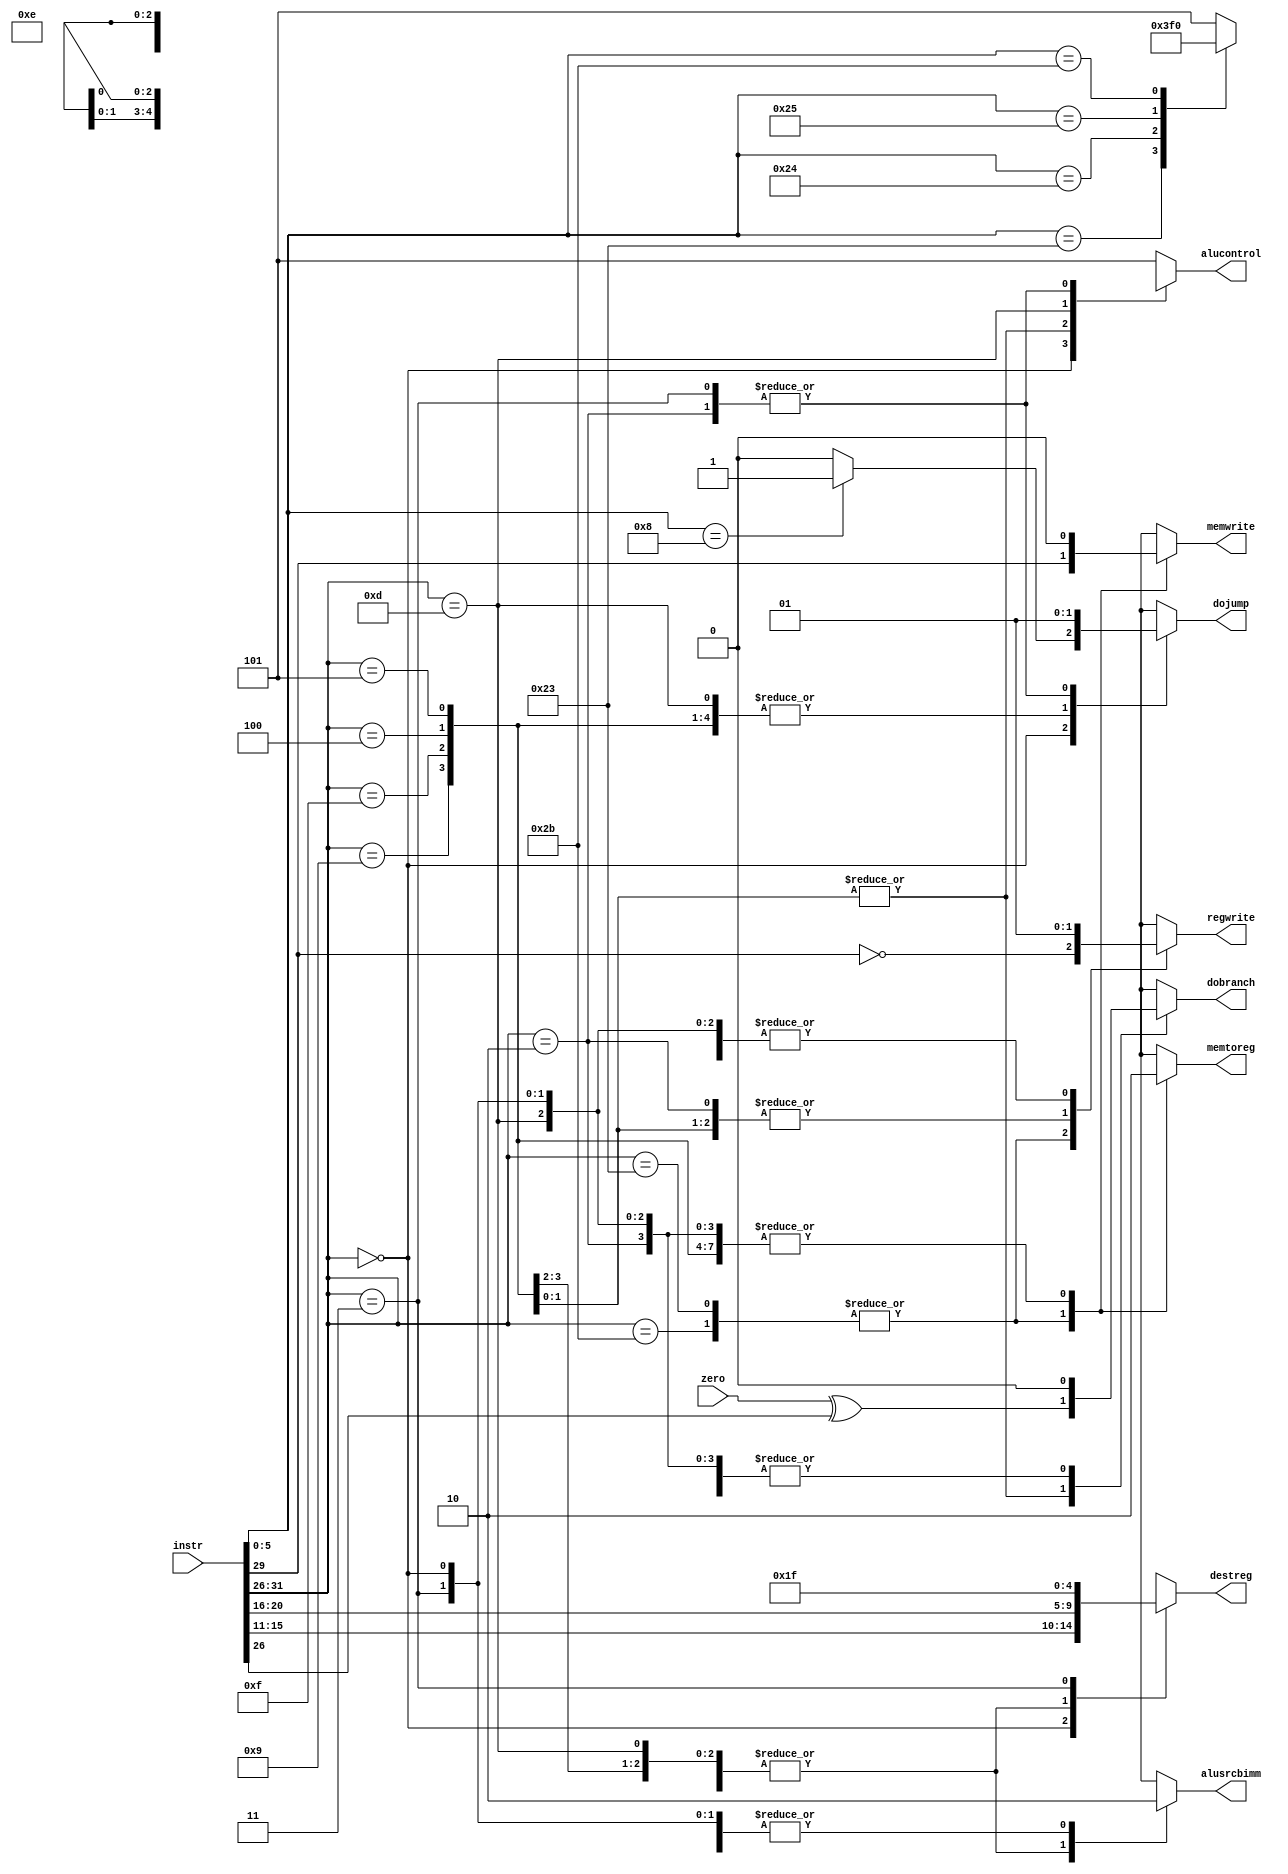
module Decoder(
	input     [31:0] instr,      // Instruction word
	input            zero,       // Does the current operation in the datapath return 0 as result?
	output reg       memtoreg,   // Use the loaded word instead of the ALU result as result
	output reg       memwrite,   // Write to the data memory
	output reg       dobranch,   // Perform a relative jump
	output reg       alusrcbimm, // Use the immediate value as second operand
	output reg [4:0] destreg,    // Number of the target register to (possibly) be written 
	output reg       regwrite,   // Write to the target register
	output reg       dojump,     // Perform an absolute jump
	output reg [2:0] alucontrol  // ALU control bits
);
	// Extract the primary and secondary opcode
	wire [5:0] op = instr[31:26];
	wire [5:0] funct = instr[5:0];

	always @*
	begin
		case (op)
			6'b000000: // R-type instruction
				begin
					regwrite = 1;
					destreg = instr[15:11];
					alusrcbimm = 0;
					dobranch = 0;
					memwrite = 0;
					memtoreg = 0;
					dojump = (funct == 6'b001000) ? 1 : 0;
						case (funct)
							6'b100001: alucontrol = 3'b101; // addition
							6'b100011: alucontrol = 3'b001; // substruction
							6'b100100: alucontrol = 3'b111; // logical and
							6'b100101: alucontrol = 3'b110; // logical or
							6'b101011: alucontrol = 3'b000; // set less than
							default:   alucontrol = 3'b101; // addition //
						endcase
				end
			6'b100011, // Load data word from memory
			6'b101011: // Store data word
				begin
					regwrite = ~op[3];
					destreg = instr[20:16];
					alusrcbimm = 1;
					dobranch = 0;
					memwrite = op[3];
					memtoreg = 1;
					dojump = 0;
					alucontrol = 3'b101;// Effective address: Base register + offset
				end
			6'b000101, // Branch not equal
			6'b000100: // Branch Equal
				begin
					regwrite = 0;
					destreg = 5'bx;
					alusrcbimm = 0;
					dobranch = zero ^ op[0] ; // Equality test 
					memwrite = 0;
					memtoreg = 0;
					dojump = 0;
					alucontrol = 3'b001; // Subtraction
				end
			6'b001001: // Addition immediate unsigned
				begin
					regwrite = 1;
					destreg = instr[20:16];
					alusrcbimm = 1;
					dobranch = 0;
					memwrite = 0;
					memtoreg = 0;
					dojump = 0;
					alucontrol = 3'b101; // Addition
				end
			6'b000010: // Jump immediate
				begin
					regwrite = 0;
					destreg = 5'bx;
					alusrcbimm = 0;
					dobranch = 0;
					memwrite = 0;
					memtoreg = 0;
					dojump = 1;
					alucontrol = 5'bx;  
				end


			//---------------------extended part---------------------
			6'b001111: // Load Upper Immediate   lui $t1 111 -> 111 || 0**16 
				begin 
					regwrite = 1;
					destreg = instr[20:16];
					alusrcbimm = 1;
					dobranch = 0;
					memwrite = 0;
					memtoreg = 0;
					dojump = 0;
					alucontrol = 3'b101;
				end
			6'b001101: // Or Immediate (bitwise OR against an imm)
				begin
					regwrite = 1;
					destreg = instr[20:16];
					alusrcbimm = 1;
					dobranch = 0;
					memwrite = 0;
					memtoreg = 0;
					dojump = 0;
					alucontrol = 3'b110;
				end
			6'b000011: //Jump and Link (jal)
				begin
					regwrite = 1;
					destreg = 5'd31; // stores current pc on reg #31
					alusrcbimm = 0;
					dobranch = 0;
					memwrite = 0;
					memtoreg = 0;
					dojump = 1;
					alucontrol = 5'bx;
				end
			//---------------------extended part end---------------------


			default: // Default case
				begin
					regwrite = 1'bx;
					destreg = 5'bx;
					alusrcbimm = 1'bx;
					dobranch = 1'bx;
					memwrite = 1'bx;
					memtoreg = 1'bx;
					dojump = 1'bx;
					alucontrol = 3'b101;
				end
		endcase
	end
endmodule